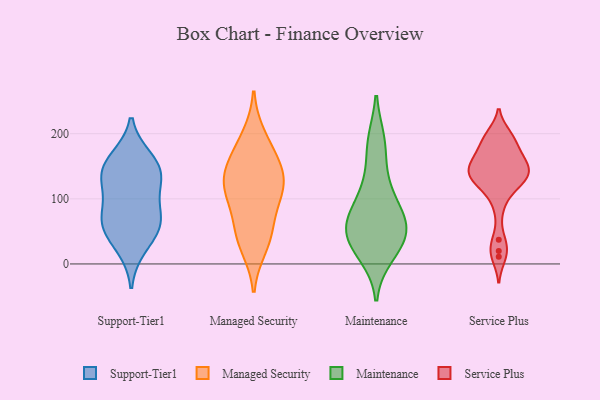
{"axis": {"x": "LTV (USD)", "y": "Value"}, "legend": ["Maintenance", "Managed Security", "Service Plus", "Support-Tier1"], "data": [{"x": "", "y": 161, "type": "Support-Tier1"}, {"x": "", "y": 124, "type": "Support-Tier1"}, {"x": "", "y": 26, "type": "Support-Tier1"}, {"x": "", "y": 150, "type": "Support-Tier1"}, {"x": "", "y": 60, "type": "Support-Tier1"}, {"x": "", "y": 123, "type": "Support-Tier1"}, {"x": "", "y": 67, "type": "Support-Tier1"}, {"x": "", "y": 79, "type": "Support-Tier1"}, {"x": "", "y": 57, "type": "Support-Tier1"}, {"x": "", "y": 146, "type": "Support-Tier1"}, {"x": "", "y": 47, "type": "Managed Security"}, {"x": "", "y": 95, "type": "Managed Security"}, {"x": "", "y": 51, "type": "Managed Security"}, {"x": "", "y": 169, "type": "Managed Security"}, {"x": "", "y": 27, "type": "Managed Security"}, {"x": "", "y": 131, "type": "Managed Security"}, {"x": "", "y": 111, "type": "Managed Security"}, {"x": "", "y": 132, "type": "Managed Security"}, {"x": "", "y": 117, "type": "Managed Security"}, {"x": "", "y": 195, "type": "Managed Security"}, {"x": "", "y": 155, "type": "Managed Security"}, {"x": "", "y": 36, "type": "Maintenance"}, {"x": "", "y": 184, "type": "Maintenance"}, {"x": "", "y": 52, "type": "Maintenance"}, {"x": "", "y": 125, "type": "Maintenance"}, {"x": "", "y": 74, "type": "Maintenance"}, {"x": "", "y": 40, "type": "Maintenance"}, {"x": "", "y": 68, "type": "Maintenance"}, {"x": "", "y": 187, "type": "Maintenance"}, {"x": "", "y": 55, "type": "Maintenance"}, {"x": "", "y": 15, "type": "Maintenance"}, {"x": "", "y": 74, "type": "Maintenance"}, {"x": "", "y": 24, "type": "Maintenance"}, {"x": "", "y": 111, "type": "Maintenance"}, {"x": "", "y": 114, "type": "Service Plus"}, {"x": "", "y": 153, "type": "Service Plus"}, {"x": "", "y": 154, "type": "Service Plus"}, {"x": "", "y": 88, "type": "Service Plus"}, {"x": "", "y": 164, "type": "Service Plus"}, {"x": "", "y": 198, "type": "Service Plus"}, {"x": "", "y": 193, "type": "Service Plus"}, {"x": "", "y": 11, "type": "Service Plus"}, {"x": "", "y": 125, "type": "Service Plus"}, {"x": "", "y": 20, "type": "Service Plus"}, {"x": "", "y": 140, "type": "Service Plus"}, {"x": "", "y": 37, "type": "Service Plus"}, {"x": "", "y": 179, "type": "Service Plus"}, {"x": "", "y": 127, "type": "Service Plus"}, {"x": "", "y": 149, "type": "Service Plus"}, {"x": "", "y": 140, "type": "Service Plus"}, {"x": "", "y": 167, "type": "Service Plus"}, {"x": "", "y": 133, "type": "Service Plus"}, {"x": "", "y": 134, "type": "Service Plus"}, {"x": "", "y": 195, "type": "Service Plus"}]}